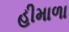
હીમાળા